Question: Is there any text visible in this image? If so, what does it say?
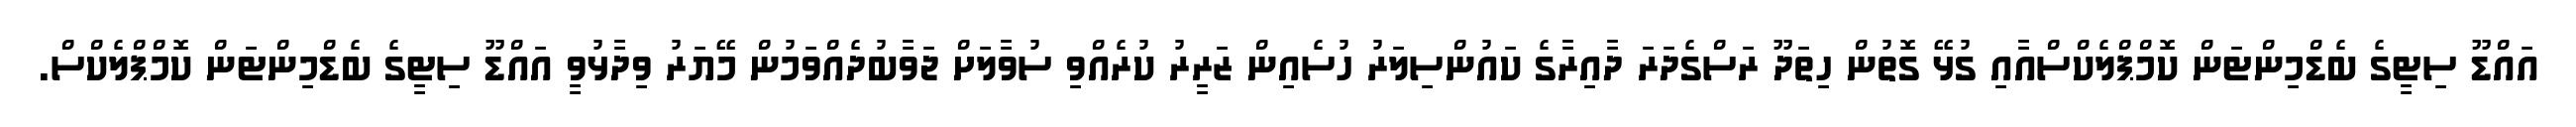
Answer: އައްޑޫ ސިޓީގެ ބެޑްމިންޓަން ކޮމްޕްލެކްސްއާއި ގުޅޭ ގޮތުން ހިތަދޫ ރަސްގެދަރަ ދާއިރާގެ ކައުންސިލަރު ހުސެއިން ޒަރީރު ކުރެއްވި ސުވާލަށް ޖަވާބުދެއްވަމުން މޭޔަރު ވިދާޅުވީ އައްޑޫ ސިޓީގެ ބެޑްމިންޓަން ކޮމްޕްލެކްސް.